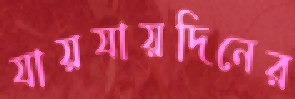
যায়যায়দিনের